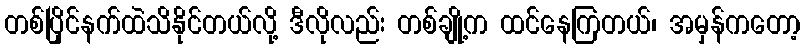
တစ်ပြိုင်နက်ထဲသိနိုင်တယ်လို့ ဒီလိုလည်း တစ်ချို့က ထင်နေကြတယ်၊ အမှန်ကတော့